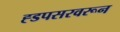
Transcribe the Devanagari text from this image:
ह्डपसरवरून